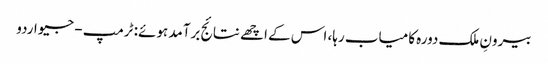
بیرونِ ملک دورہ کامیاب رہا، اس کے اچھے نتائج برآمد ہوئے: ٹرمپ - جیو اردو